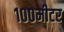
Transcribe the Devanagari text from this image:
१००मीटर